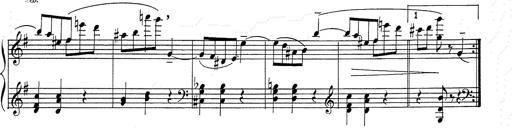
Title: 6 Polish Songs
Composer: Franz Liszt